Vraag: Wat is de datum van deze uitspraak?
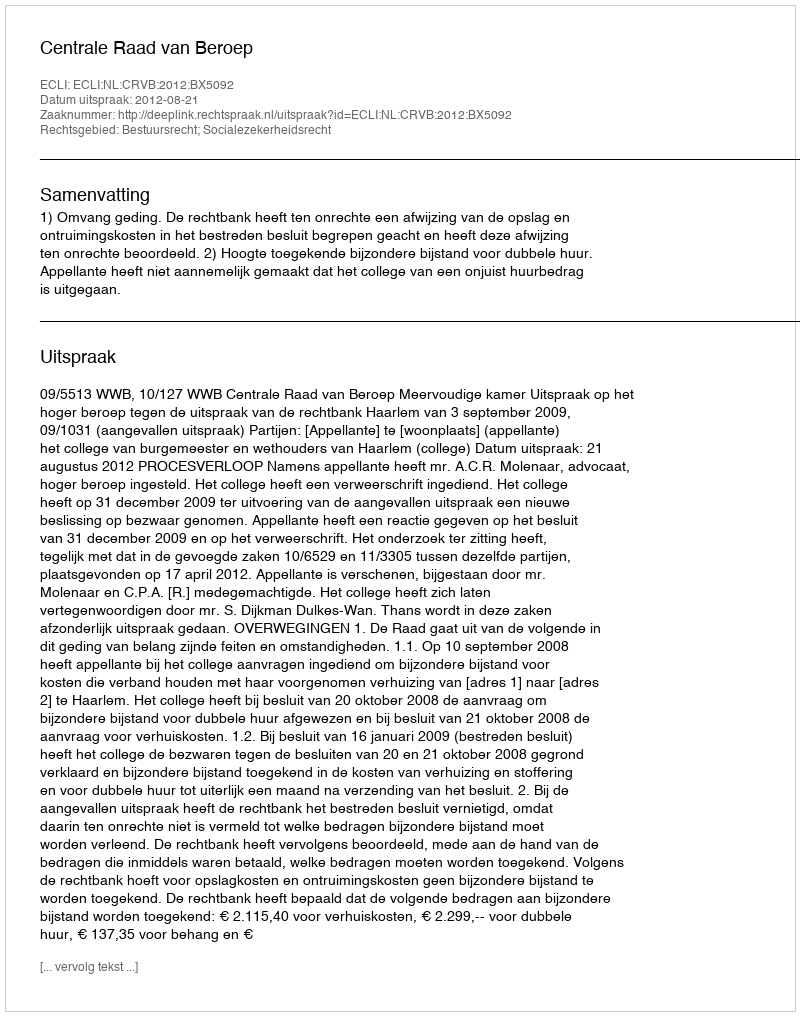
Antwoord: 2012-08-21